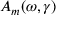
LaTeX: A _ { m } ( \omega , \gamma )